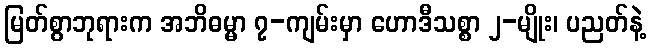
မြတ်စွာဘုရားက အဘိဓမ္မာ ၇-ကျမ်းမှာ ဟောဒီသစ္စာ ၂-မျိုး၊ ပညတ်နဲ့